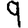
Digit: 9